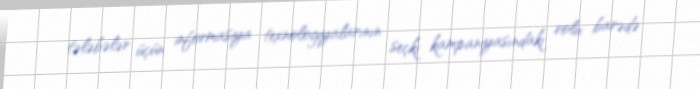
tələbələr üçün informasiya texnologiyalarının seçki kampaniyasındakı rolu barədə